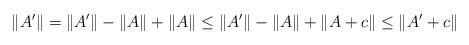
LaTeX: \begin{align*}\|A'\| = \|A'\| -\|A\| + \|A\| \leq \|A'\| -\|A\| + \|A + c\| \leq \|A' + c\|\end{align*}